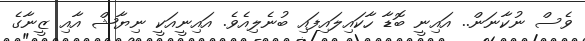
ވެސް ނުކާނަން.. އައިނީ ބޮޑާ ހާކައިލައިފައި ބުނެލިއެވެ. އައިނީއަކީ ނިޔާޝް އާއި ޒީނާގެ